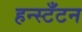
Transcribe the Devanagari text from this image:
हन्स्टँटन